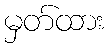
မှတ်ထား